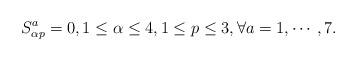
LaTeX: \begin{align*}S^a_{\alpha p}=0,1\leq\alpha\leq 4,1\leq p\leq 3,\forall a=1,\cdots,7.\end{align*}